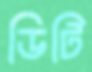
ডিটি